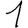
Digit: 1